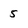
Character: 5